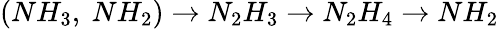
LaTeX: (NH_{3},\ NH_{2})\rightarrow N_{2}H_{3}\rightarrow N_{2}H_{4}\rightarrow NH_{2}